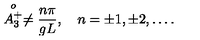
\stackrel { o } { A _ { 3 } ^ { + } } \neq { \frac { n \pi } { g L } } , \quad n = \pm 1 , \pm 2 , \ldots .